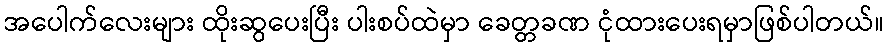
အပေါက်လေးများ ထိုးဆွပေးပြီး ပါးစပ်ထဲမှာ ခေတ္တခဏ ငုံထားပေးရမှာဖြစ်ပါတယ်။